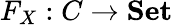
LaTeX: F_{X}:C\to{\textbf{Set}}